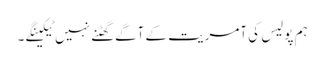
ہم پولیس کی آمریت کے آگے گھٹنے نہیں ٹیکینگے ۔